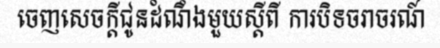
ចេញសេចក្តីជូនដំណឹងមួយស្តីពី ការបិទចរាចរណ៍